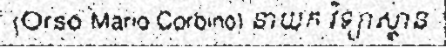
(Orso Mario Corbino) នាយក វិទ្យាស្ថាន